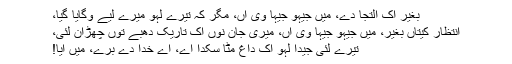
بغیر اِک اِلتجا دے، میں جیہو جیہا وی آں، مگر کہ تیرے لہو میرے لیے وگایا گیا،
انتظار کیتاں بغیر، میں جیہو جیہا وی آں، میری جان نوں اِک تاریک دھبے توں چھڑان لئی،
تیرے لئی جیدا لہو اِک داغ مٹا سکدا اے، اے خُدا دے برّے، میں آیا!